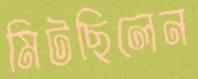
মিটছিলেন